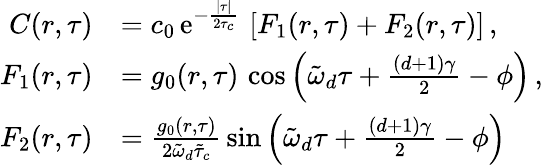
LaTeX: \begin{array}{rl}{C(r,\tau)}&{=c_{0}\, \mathrm{e}^{-\frac{\lvert\tau\rvert}{2\tau_{c}}}\, \left[F_{1}(r,\tau)+F_{2}(r,\tau)\right]\, ,}\\ {F_{1}(r,\tau)}&{=g_{0}(r,\tau)\, \cos\left(\tilde{\omega}_{d}\tau+\frac{(d+1)\gamma}{2}-\phi\right)\, ,}\\ {F_{2}(r,\tau)}&{=\frac{g_{0}(r,\tau)}{2\tilde{\omega}_{d}\tilde{\tau}_{c}}\, \sin\left(\tilde{\omega}_{d}\tau+\frac{(d+1)\gamma}{2}-\phi\right)}\end{array}